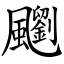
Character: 䬟